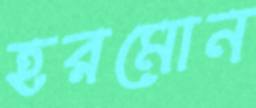
হরমোন